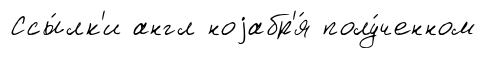
Ссы́лк'и англ ноjабр'я́ полу́ченном